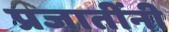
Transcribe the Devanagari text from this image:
प्रजातींनी